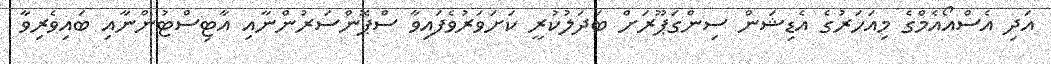
އަދި އެސްއޯއެމްގެ މިއަހަރުގެ އެޑިޝަން ސިންގަޕޫރަށް ބަދަލުކުރީ ކަށަވަރުވެފައިވާ ސްޕޮންސަރުންނާއި އާޓިސްޓުންނާއި ބައިވެރިވާ